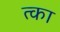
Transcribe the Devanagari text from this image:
त्का